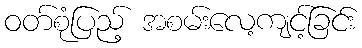
ဝတ်စုံပြည့် အစမ်းလေ့ကျင့်ခြင်း